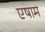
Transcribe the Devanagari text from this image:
एषाम